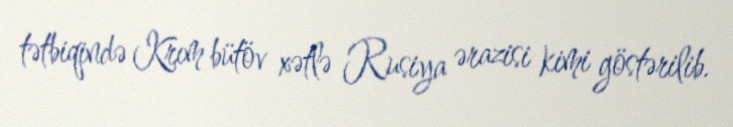
tətbiqində Krım bütöv xətlə Rusiya ərazisi kimi göstərilib.